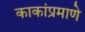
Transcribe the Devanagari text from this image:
काकांप्रमाणे